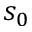
s _ { 0 }